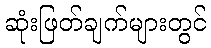
ဆုံးဖြတ်ချက်များတွင်